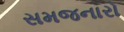
સમજનારો